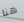
هنا